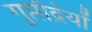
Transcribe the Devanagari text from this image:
गुप्तेंद्रियों